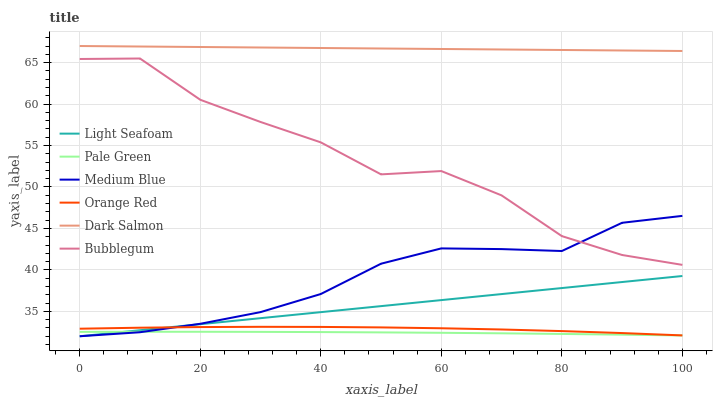
| xaxis_label | Light Seafoam | Pale Green | Medium Blue | Orange Red | Dark Salmon | Bubblegum |
 | --- | --- | --- | --- | --- | --- | --- |
 | 0 | 32 | 32.5 | 32 | 32.9 | 67 | 65.4 |
 | 10 | 32.7 | 32.5 | 32.5 | 33 | 66.9 | 65.5 |
 | 20 | 33.5 | 32.5 | 33.5 | 33.1 | 66.9 | 60.5 |
 | 30 | 34.2 | 32.5 | 34.9 | 33.1 | 66.8 | 57.8 |
 | 40 | 34.9 | 32.5 | 37.1 | 33.1 | 66.8 | 55.4 |
 | 50 | 35.6 | 32.5 | 40.7 | 33.1 | 66.7 | 51.5 |
 | 60 | 36.4 | 32.4 | 42.6 | 33 | 66.6 | 51.9 |
 | 70 | 37.1 | 32.4 | 42.5 | 32.8 | 66.6 | 49 |
 | 80 | 37.8 | 32.3 | 42.3 | 32.6 | 66.5 | 44.1 |
 | 90 | 38.5 | 32.2 | 45.7 | 32.4 | 66.5 | 41.8 |
 | 100 | 39.3 | 32.1 | 46.5 | 32.1 | 66.4 | 40.6 |